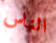
الناس